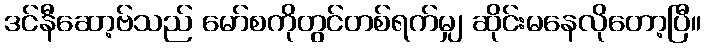
ဒင်နီဆော့ဗ်သည် မော်စကိုတွင်တစ်ရက်မျှ ဆိုင်းမနေလိုတော့ပြီ။